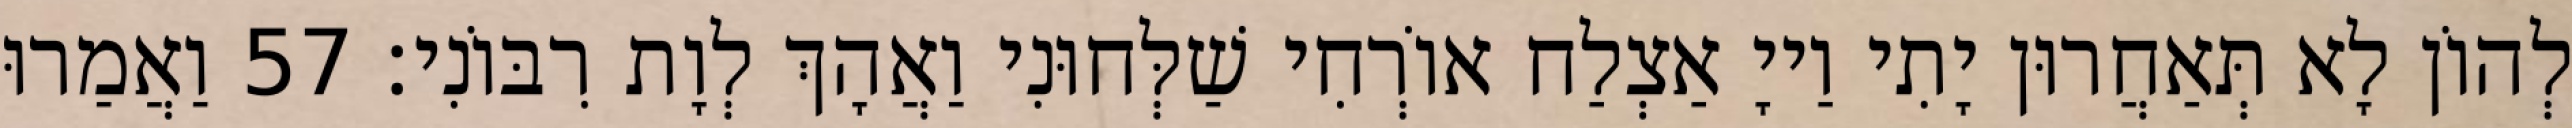
לְהוֹן לָא תְּאַחֲרוּן יָתִי וַייָ אַצְלַח אוֹרְחִי שַׁלְּחוּנִי וַאֲהָךְ לְוָת רִבּוֹנִי׃ 57 וַאֲמַרוּ